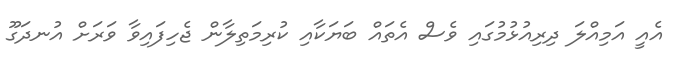
އެއީ އަމިއްލަ ދިރިއުޅުމުގައި ވެސް އެތައް ބަޔަކާއި ކުރިމަތިލާން ޖެހިފައިވާ ވަރަށް އުނދަގޫ